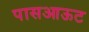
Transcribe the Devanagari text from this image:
पासआऊट